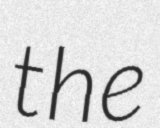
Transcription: the